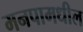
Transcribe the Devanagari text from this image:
मनपामधील